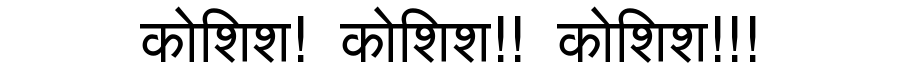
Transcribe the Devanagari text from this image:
कोशिश! कोशिश!! कोशिश!!!